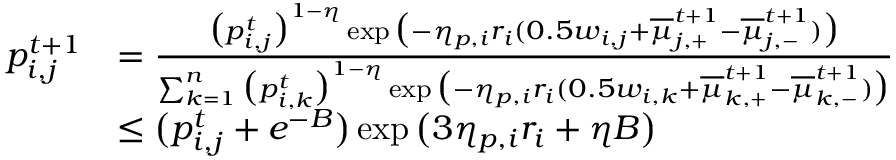
\begin{array} { r l } { p _ { i , j } ^ { t + 1 } } & { = \frac { \big ( p _ { i , j } ^ { t } \big ) ^ { 1 - \eta } \exp \big ( - \eta _ { p , i } r _ { i } ( 0 . 5 w _ { i , j } + \overline { { \mu } } _ { j , + } ^ { t + 1 } - \overline { { \mu } } _ { j , - } ^ { t + 1 } ) \big ) } { \sum _ { k = 1 } ^ { n } \big ( p _ { i , k } ^ { t } \big ) ^ { 1 - \eta } \exp \big ( - \eta _ { p , i } r _ { i } ( 0 . 5 w _ { i , k } + \overline { { \mu } } _ { k , + } ^ { t + 1 } - \overline { { \mu } } _ { k , - } ^ { t + 1 } ) \big ) } } \\ & { \leq \big ( p _ { i , j } ^ { t } + e ^ { - B } \big ) \exp \big ( 3 \eta _ { p , i } r _ { i } + \eta B \big ) } \end{array}